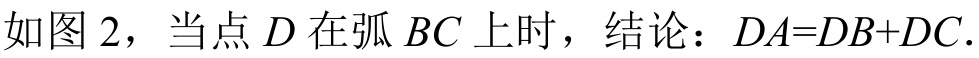
如图 2，当点\(D\)在弧\(BC\)上时，结论：\(DA = DB + DC\)．